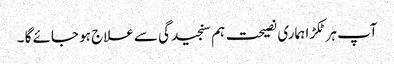
آپ ہر ٹکڑا ہماری نصیحت ہم سنجیدگی سے علاج ہو جائے گا ۔